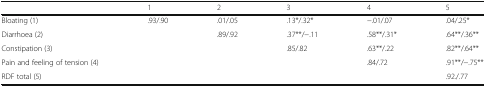
<table><thead><tr><td></td><td><b>1</b></td><td><b>2</b></td><td><b>3</b></td><td><b>4</b></td><td><b>5</b></td></tr></thead><tbody><tr><td>Bloating (1)</td><td>.93/.90</td><td>.01/.05</td><td>.13*/.32*</td><td>−.01/.07</td><td>.04/.25*</td></tr><tr><td>Diarrhoea (2)</td><td></td><td>.89/.92</td><td>.37**/−.11</td><td>.58**/.31*</td><td>.64**/.36**</td></tr><tr><td>Constipation (3)</td><td></td><td></td><td>.85/.82</td><td>.63**/.22</td><td>.82**/.64**</td></tr><tr><td>Pain and feeling of tension (4)</td><td></td><td></td><td></td><td>.84/.72</td><td>.91**/−.75**</td></tr><tr><td>RDF total (5)</td><td></td><td></td><td></td><td></td><td>.92./.77</td></tr></tbody></table>